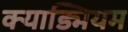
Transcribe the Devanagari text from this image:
क्याड्मियम